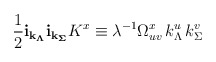
\begin{align*} \frac {1}{2} {\bf i}_{\bf k_\Lambda}{\bf i}_{\bf k_\Sigma}K^x\equiv \lambda^{-1} \Omega^x_{uv} \, k^u_\Lambda \, k^v_\Sigma\end{align*}